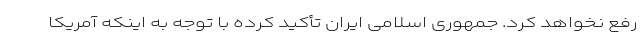
رفع نخواهد کرد. جمهوری اسلامی ایران تأکید کرده با توجه به اینکه آمریکا